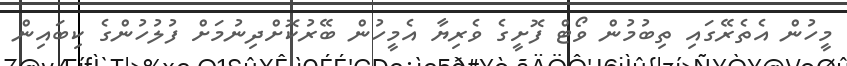
މީހުން އެތެރޭގައި ތިބުމުން ވޯޓް ފޮށީގެ ވެރިޔާ އެމީހުން ބޭރުކޮށްދިނުމަށް ފުލުހުންގެ ކިބައިން